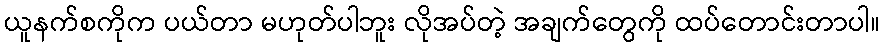
ယူနက်စကိုက ပယ်တာ မဟုတ်ပါဘူး လိုအပ်တဲ့ အချက်တွေကို ထပ်တောင်းတာပါ။